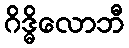
ဂိဒ္ဓိလောဘီ